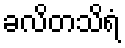
ခလိတသိရံ